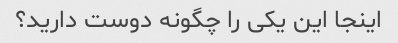
اینجا این یکی را چگونه دوست دارید؟